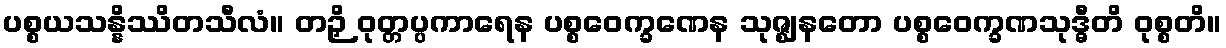
ပစ္စယသန္နိဿိတသီလံ။ တဉှိ ဝုတ္တပ္ပကာရေန ပစ္စဝေက္ခဏေန သုဇ္ဈနတော ပစ္စဝေက္ခဏသုဒ္ဓီတိ ဝုစ္စတိ။